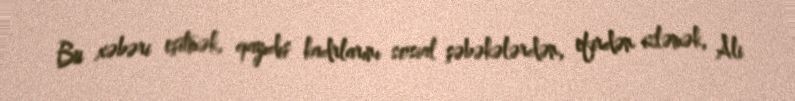
Bu xəbəri eşitmək, qayıdış kadrlarını sosial şəbəkələrdən, efirdən izləmək, Ali